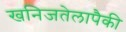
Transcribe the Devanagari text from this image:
खनिजतेलापैकी